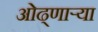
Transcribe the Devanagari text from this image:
ओढ्णार्‍या